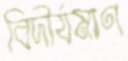
বিদীর্যমাণ